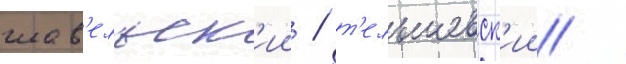
шав'ельск'ии / т'ельшевск'ии /